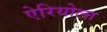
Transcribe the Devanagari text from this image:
ऐरियोला